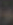
و